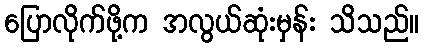
ပြောလိုက်ဖို့က အလွယ်ဆုံးမှန်း သိသည်။